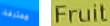
محترفة Fruit